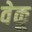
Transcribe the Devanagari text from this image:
वेकू